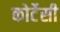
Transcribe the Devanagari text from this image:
कोर्टेसी